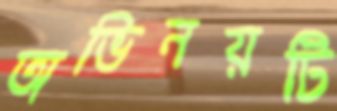
অভিনয়টি